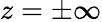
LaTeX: z=\pm\infty